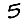
Digit: 5